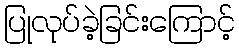
ပြုလုပ်ခဲ့ခြင်းကြောင့်